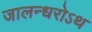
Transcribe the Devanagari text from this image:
जालन्धरोऽथ